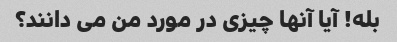
بله! آیا آنها چیزی در مورد من می دانند؟